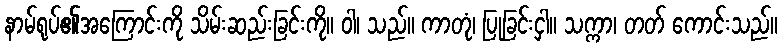
နာမ်ရုပ်၏အကြောင်းကို သိမ်းဆည်းခြင်းကို။ ဝါ၊ သည်။ ကာတုံ၊ ပြုခြင်းငှါ။ သက္ကာ၊ တတ် ကောင်းသည်။